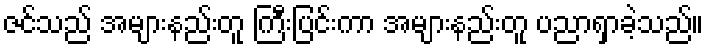
ဇင်သည် အများနည်းတူ ကြီးပြင်းကာ အများနည်းတူ ပညာရှာခဲ့သည်။